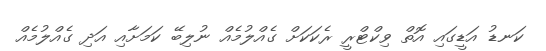
ކަނޑު އަޑީގައި އޮތް ވިކްޓްރީ ރެކަކަށް ގެއްލުމެއް ނުލިބޭ ކަމަށާއި އަދި ގެއްލުމެއް